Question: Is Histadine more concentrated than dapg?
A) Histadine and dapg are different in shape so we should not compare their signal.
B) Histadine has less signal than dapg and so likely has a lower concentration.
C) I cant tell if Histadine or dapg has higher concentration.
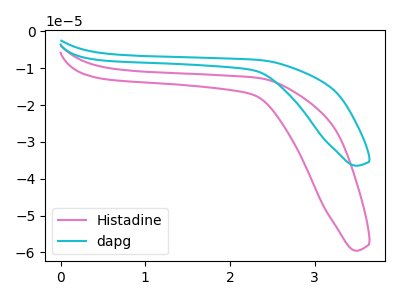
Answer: <think>The pink curve "Histadine" has no peaks. The cyan curve "dapg" has no peaks.
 Neither "Histadine" or "dapg" have any peaks.</think>
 <answer>C) I cant tell if "Histadine" or "dapg" has higher concentration.</answer>
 <eval>C</eval>